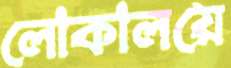
লোকালয়ে